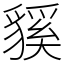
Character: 貕